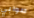
صوابي